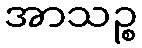
အာသဉ္စ